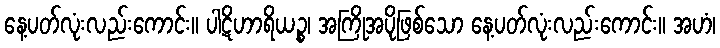
နေ့ပတ်လုံးလည်းကောင်း။ ပါဋိဟာရိယဉ္စ၊ အကြိုအပိုဖြစ်သော နေ့ပတ်လုံးလည်းကောင်း။ အဟံ၊